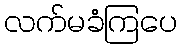
လက်မခံကြပေ